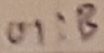
Text: UI:B